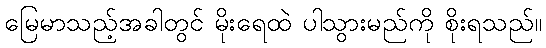
မြေမာသည့်အခါတွင် မိုးရေထဲ ပါသွားမည်ကို စိုးရသည်။